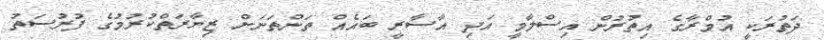
ދަތުރަކީ އުމްރާގެ އިތުރުން އިސްލާމީ އަދި އާސާރީ ބައެއް ތަންތަނަށް ޒިޔާރަތްކުރުމުގެ ފުރުސަތު